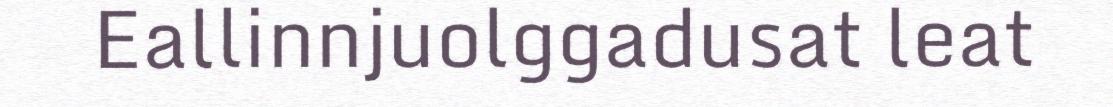
Eallinnjuolggadusat leat